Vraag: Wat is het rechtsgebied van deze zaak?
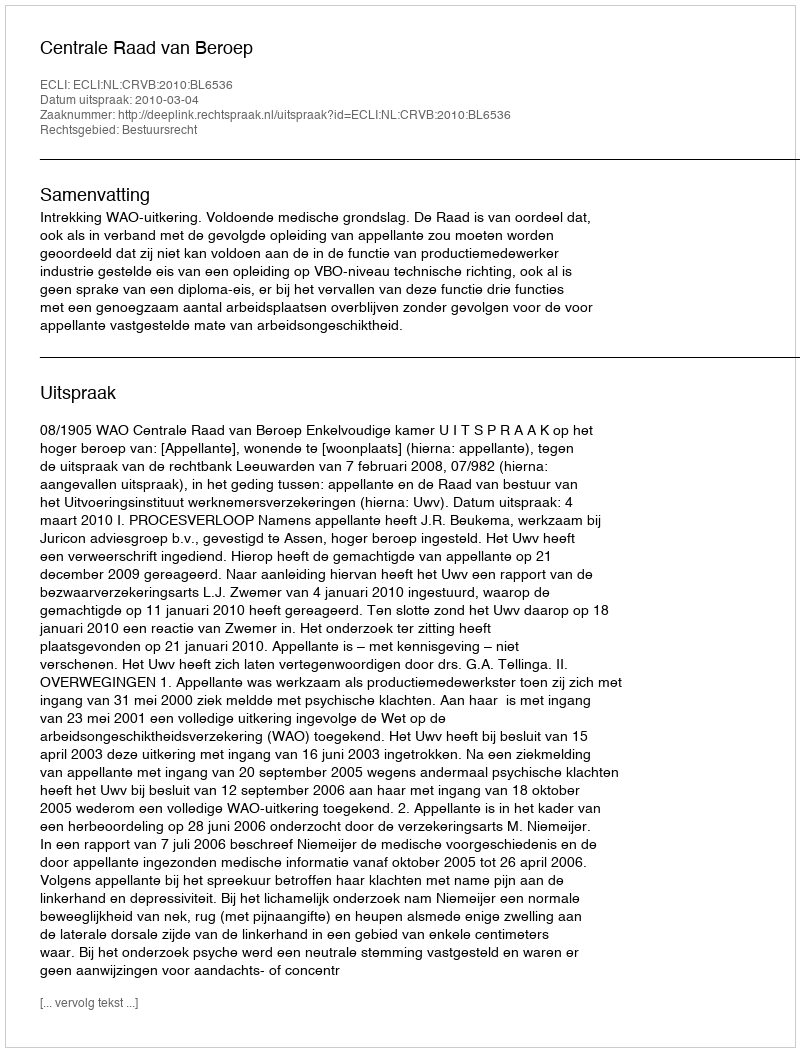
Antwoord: Bestuursrecht